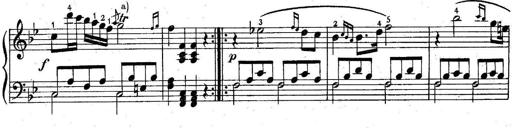
Title: 6 Easy Sonatinas
Composer: Carl Czerny